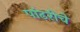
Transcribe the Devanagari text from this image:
पांढरीचे